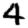
Digit: 4